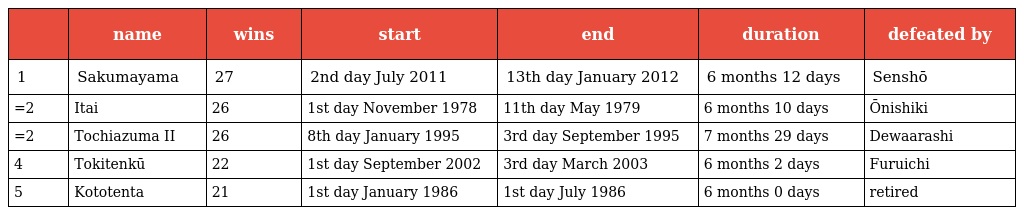
|  | name | wins | start | end | duration | defeated by |
 | --- | --- | --- | --- | --- | --- | --- |
 | 1 | Sakumayama | 27 | 2nd day July 2011 | 13th day January 2012 | 6 months 12 days | Senshō |
 | =2 | Itai | 26 | 1st day November 1978 | 11th day May 1979 | 6 months 10 days | Ōnishiki |
 | =2 | Tochiazuma II | 26 | 8th day January 1995 | 3rd day September 1995 | 7 months 29 days | Dewaarashi |
 | 4 | Tokitenkū | 22 | 1st day September 2002 | 3rd day March 2003 | 6 months 2 days | Furuichi |
 | 5 | Kototenta | 21 | 1st day January 1986 | 1st day July 1986 | 6 months 0 days | retired |